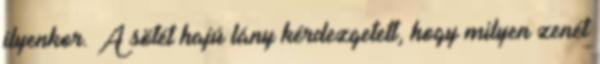
ilyenkor. A sötét hajú lány kérdezgetett, hogy milyen zenét